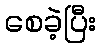
စေခဲ့ပြီး